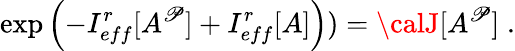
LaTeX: \exp\left(-I_{eff}^{r}[A^{\mathscr{P}}]+I_{eff}^{r}[A]\right))={\calJ}[A^{\mathscr{P}}]\; .